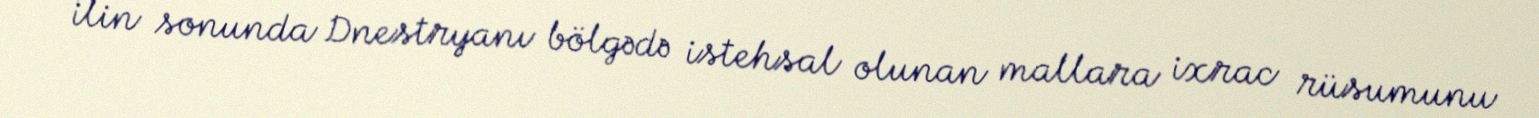
ilin sonunda Dnestryanı bölgədə istehsal olunan mallara ixrac rüsumunu